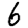
Digit: 6